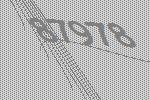
87978